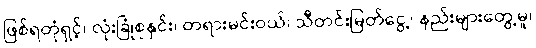
ဖြစ်ရတုံရှင့်၊ လုံးခြုံစုနှင်း၊ တရားမင်းဝယ်၊ သီတင်းမြတ်ငွေ့၊ နည်းများတွေ့မူ၊